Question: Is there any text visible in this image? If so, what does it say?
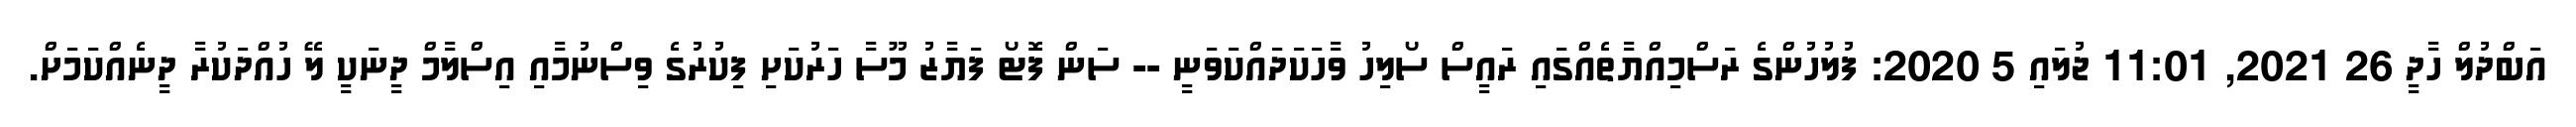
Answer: އަބްދުލް ހާދީ 26 2021, 11:01 ޖުލައި 5 2020: ފުލުހުންގެ ރަސްމިއްޔާތެއްގައި ރައީސް ސޯލިހު ވާހަކަދައްކަވަނީ -- ސަން ފޮޓޯ ފަޔާޒު މޫސާ ހަރުކަށި ފިކުރުގެ ވިސްނުމާއި އިސްލާމް ދީނަކީ ލޭ ހުއްދަކުރާ ދީނެއްކަމަށް.